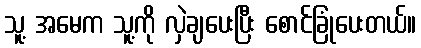
သူ့ အမေက သူ့ကို လှဲချပေးပြီး စောင်ခြုံပေးတယ်။